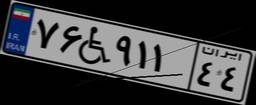
۷۶W۹۱۱۴۴